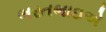
ભરતભાઇએ